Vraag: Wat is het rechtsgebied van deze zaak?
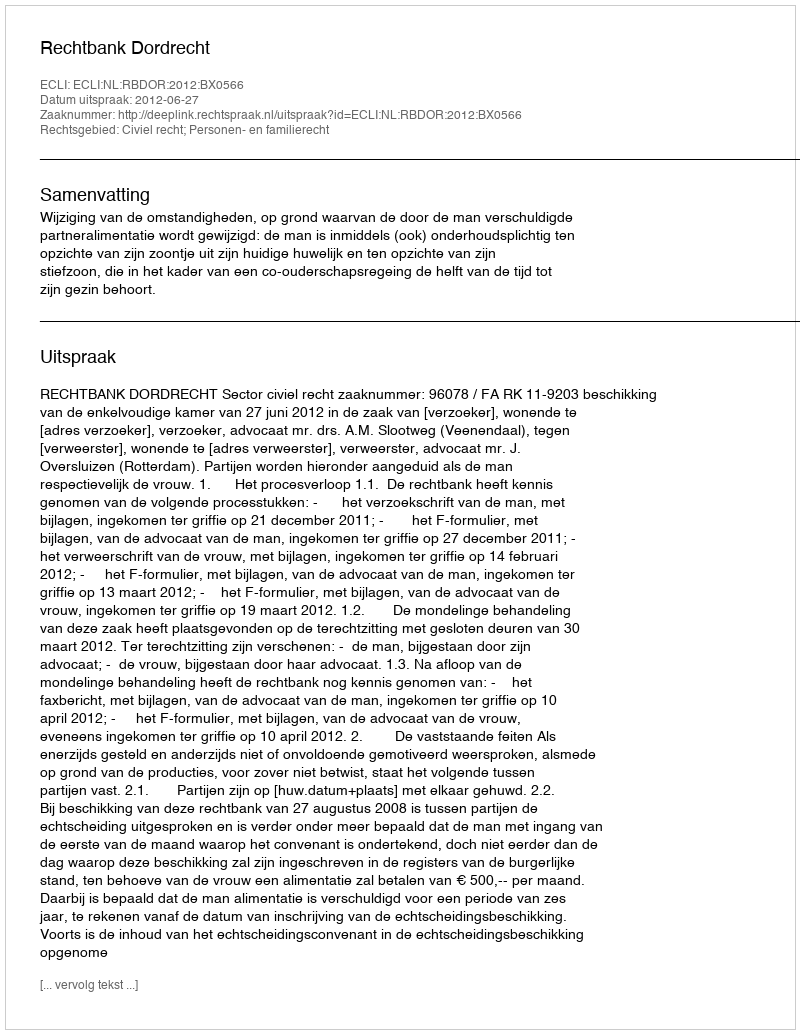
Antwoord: Civiel recht; Personen- en familierecht